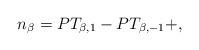
LaTeX: \begin{align*} n_\beta= PT_{\beta,1}-PT_{\beta,-1} + ,\end{align*}